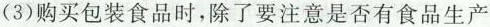
(3)购买包装食品时，除了要注意是否有食品生产